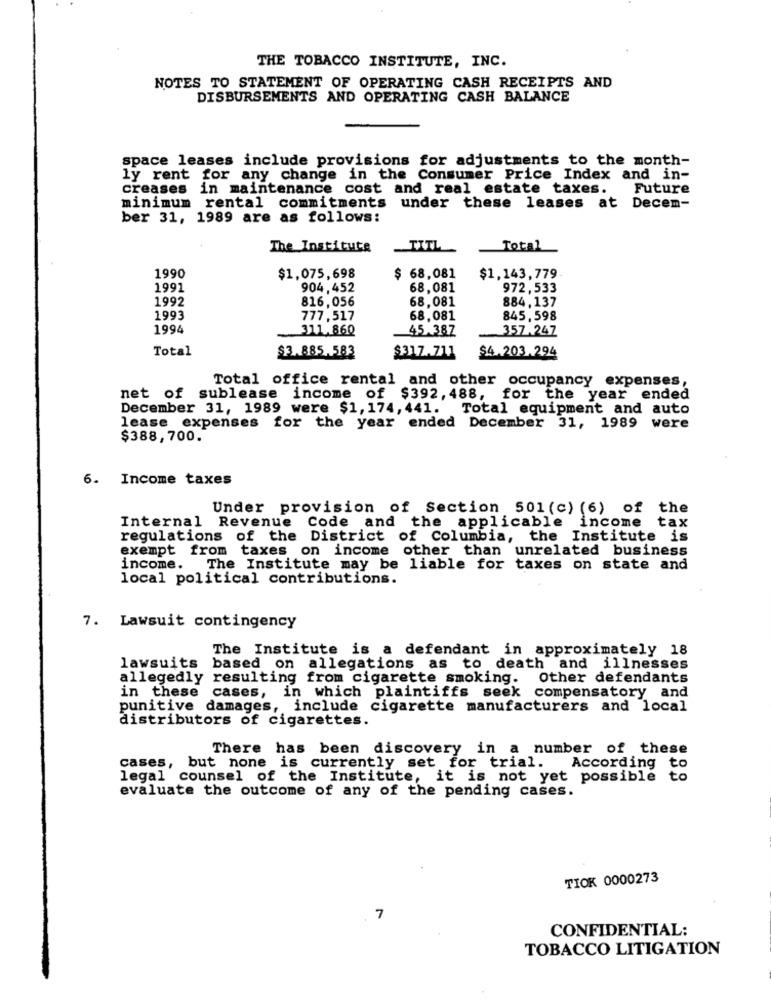
THE TOBACCO INSTITUTE, INC.
NOTES TO STATEMENT OF OPERATING CASH RECEIPTS AND
DISBURSEMENTS AND OPERATING CASH BALANCE
space leases include provisions for adjustments to the month-
ly rent for any change in the Consumer Price Index and in-
creases in maintenance cost and real estate taxes. Future
minimum rental commitments under these leases at Decem-
ber 31, 1989 are as follows:
The Institute
TITL
Total
1990
$1,075,698
$ 68,081
$1,143,779
1991
904,452
68,081
972, 533
1992
816,056
68,081
884, 137
1993
777,517
68,081
845,598
1994
311,860
45.387
357.247
Total
$3.885.583
$317.711
$4.203.294
Total office rental and other occupancy expenses,
net of sublease income of $392, 488, for the year ended
December 31, 1989 were $1, 174,441.
Total equipment and auto
lease expenses for the year ended December 31, 1989 were
$388,700.
6. Income taxes
Under provision of Section 501 (c) (6) of the
Internal Revenue
Code and the applicable income
tax
regulations of the District of Columbia, the Institute is
exempt from taxes on income other than unrelated business
income. The Institute may be liable for taxes on state and
local political contributions.
7. Lawsuit contingency
The Institute is a defendant in approximately 18
lawsuits based on allegations as to death and illnesses
allegedly resulting from cigarette smoking.
Other defendants
in these
cases, in which plaintiffs seek compensatory and
punitive damages, include cigarette manufacturers and local
distributors of cigarettes.
There has been discovery in a number of these
cases, but none is currently set for trial. According
to
legal counsel of the Institute, it is not yet possible
to
evaluate the outcome of any of the pending cases.
TIOK 0000273
7
CONFIDENTIAL:
TOBACCO LITIGATION